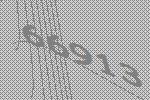
66913